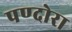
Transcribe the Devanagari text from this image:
पण्दोरा